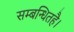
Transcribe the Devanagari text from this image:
सम्बन्धितहै।